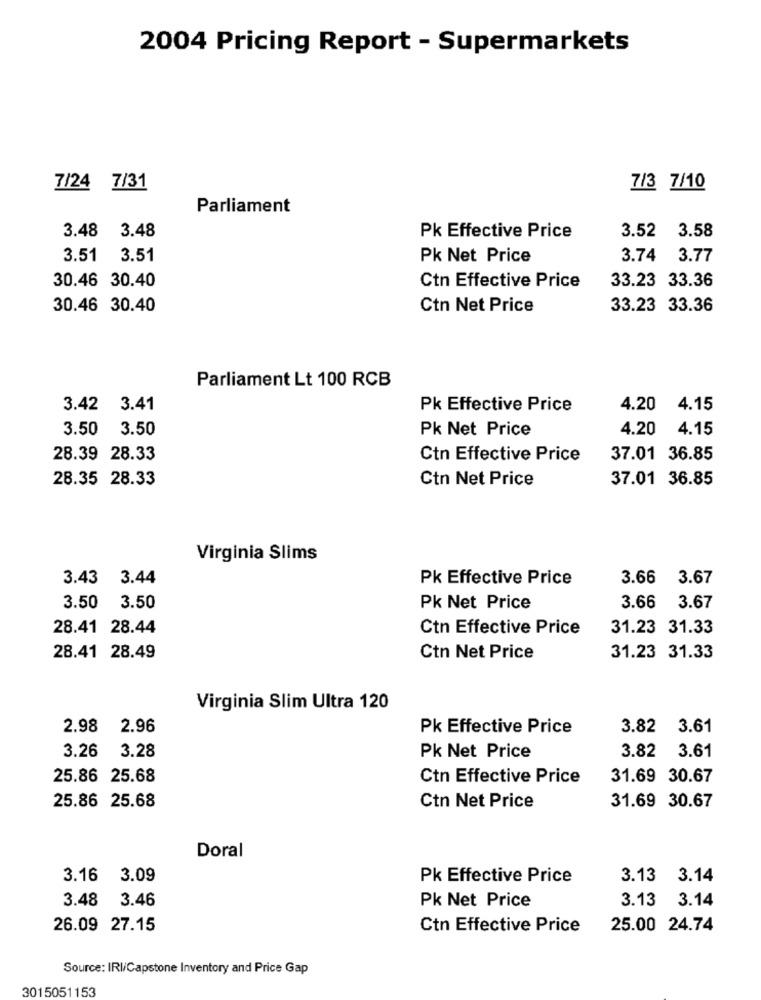
2004 Pricing Report - Supermarkets
7/24 7/31
7/3 7/10
Parliament
3.48
3.48
Pk Effective Price
3.52
3.58
3.51
3.51
Pk Net Price
3.74
3.77
30.46 30.40
Ctn Effective Price
33.23 33.36
30.46 30.40
Ctn Net Price
33.23 33.36
Parliament Lt 100 RCB
3.42
3.41
Pk Effective Price
4.20 4.15
3.50
3.50
Pk Net Price
4.20
4.15
28.39 28.33
Ctn Effective Price
37.01 36.85
28.35 28.33
Ctn Net Price
37.01 36.85
Virginia Slims
3.43 3.44
Pk Effective Price
3.66 3.67
3.50
3.50
Pk Net Price
3.66
3.67
28.41 28.44
Ctn Effective Price
31.23 31.33
28.41 28.49
Ctn Net Price
31.23 31.33
Virginia Slim Ultra 120
2.98
2.96
Pk Effective Price
3.82
3.61
3.26
3.28
3.82 3.61
Pk Net Price
25.86 25.68
Ctn Effective Price
31.69 30.67
25.86 25.68
Ctn Net Price
31.69 30.67
Doral
3.16 3.09
Pk Effective Price
3.13 3.14
3.48
3.46
Pk Net Price
3.13 3.14
26.09 27.15
Ctn Effective Price
25.00 24.74
Source: IRI/Capstone Inventory and Price Gap
3015051153